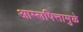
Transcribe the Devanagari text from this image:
आम्लपित्तामुळे